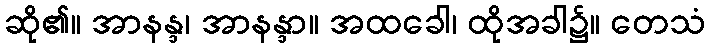
ဆို၏။ အာနန္ဒ၊ အာနန္ဒာ။ အထခေါ၊ ထိုအခါ၌။ တေသံ